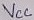
Text: VCC